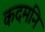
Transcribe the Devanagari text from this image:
कदमनि